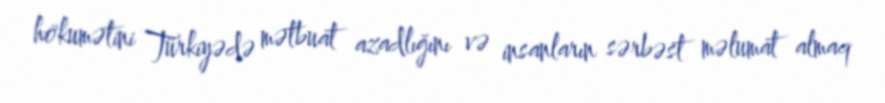
hökumətini Türkiyədə mətbuat azadlığını və insanların sərbəst məlumat almaq